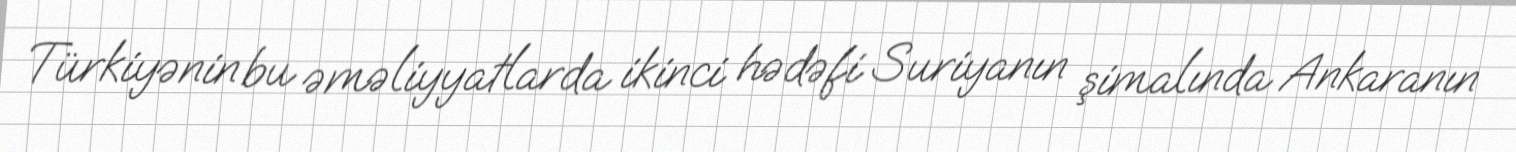
Türkiyənin bu əməliyyatlarda ikinci hədəfi Suriyanın şimalında Ankaranın